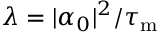
\lambda = | \alpha _ { 0 } | ^ { 2 } / \tau _ { \mathrm { m } }